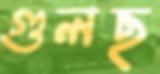
গুলছ